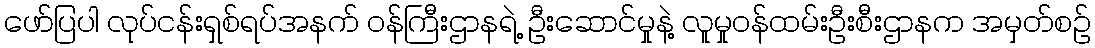
ဖော်ပြပါ လုပ်ငန်းရှစ်ရပ်အနက် ဝန်ကြီးဌာနရဲ့ ဦးဆောင်မှုနဲ့ လူမှုဝန်ထမ်းဦးစီးဌာနက အမှတ်စဉ်